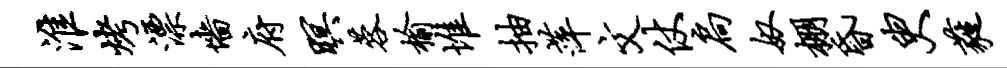
淮烤漂墙府暝蓉榆堆抽萍文仗扃奴棚昏臾蕤